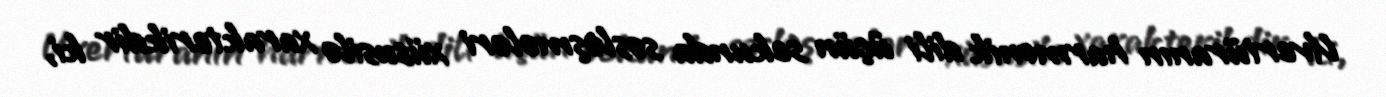
Uvertüranın harmonik dili üçün sekunda səsləşmələri xüsusilə xarakterikdir ki,